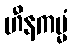
ဟီနကမ္မံ